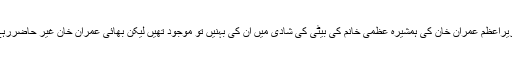
وزیراعظم عمران خان کی ہمشیرہ عظمیٰ خانم کی بیٹی کی شادی میں ان کی بہنیں تو موجود تھیں لیکن بھائی عمران خان غیر حاضررہے۔